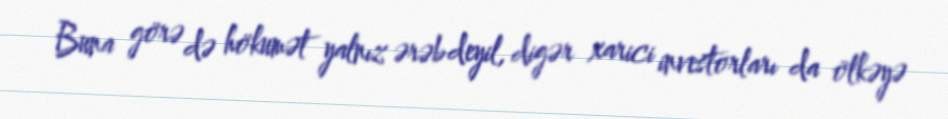
Buna görə də hökumət yalnız ərəb deyil, digər xarici investorları da ölkəyə